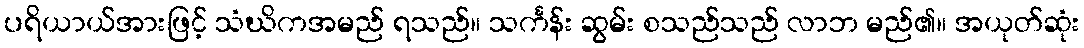
ပရိယာယ်အားဖြင့် သံဃိကအမည် ရသည်။ သင်္ကန်း ဆွမ်း စသည်သည် လာဘ မည်၏။ အယုတ်ဆုံး